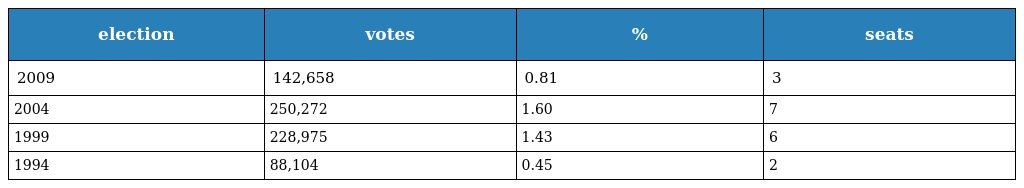
| election | votes | % | seats |
 | --- | --- | --- | --- |
 | 2009 | 142,658 | 0.81 | 3 |
 | 2004 | 250,272 | 1.60 | 7 |
 | 1999 | 228,975 | 1.43 | 6 |
 | 1994 | 88,104 | 0.45 | 2 |